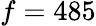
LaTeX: f=485